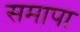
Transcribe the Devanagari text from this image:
समापा